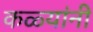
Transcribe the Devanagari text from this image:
कळ्यांनी